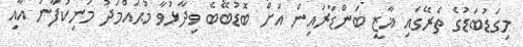
މިގަޑުބަޑުގެ ތެރޭގައި ޣާޒީ ބަންޑާރައިން އަށް ބޮޑުބޭބެ ވިދާޅުވާ މުޙައްމަދު މަނިކުފާނު އާއި